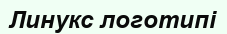
Линукс логотипі